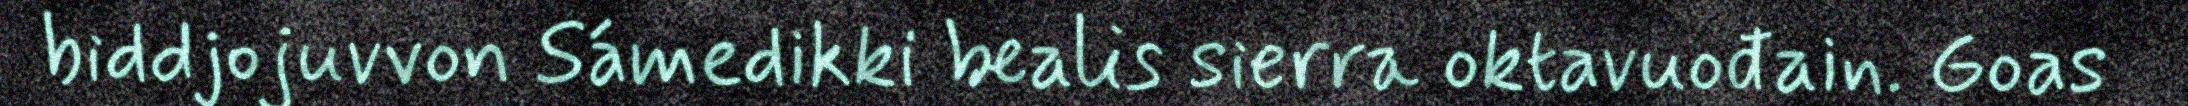
biddjojuvvon Sámedikki bealis sierra oktavuođain. Goas